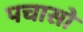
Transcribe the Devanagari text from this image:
पचासो